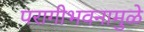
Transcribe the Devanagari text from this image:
परागीभवनामुळे